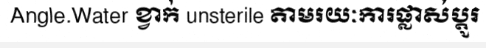
Angle.Water ខ្វាក់ unsterile តាមរយៈការផ្លាស់ប្តូរ